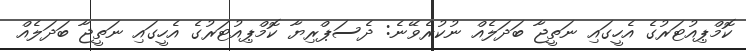
ކޮމްޕިއުޓަރުގެ އެހީގައި ނަތީޖާ ބަދަލެއް ނުކުރެވޭނެ: ދެސަޕްރިޔާ ކޮމްޕިއުޓަރުގެ އެހީގައި ނަތީޖާ ބަދަލެއް